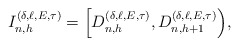
\begin{align*}I^{(\delta,\ell,E,\tau)}_{n,h}=\Big[D^{(\delta,\ell,E,\tau)}_{n,h},D^{(\delta,\ell,E,\tau)}_{n,h+1}\Big),\end{align*}